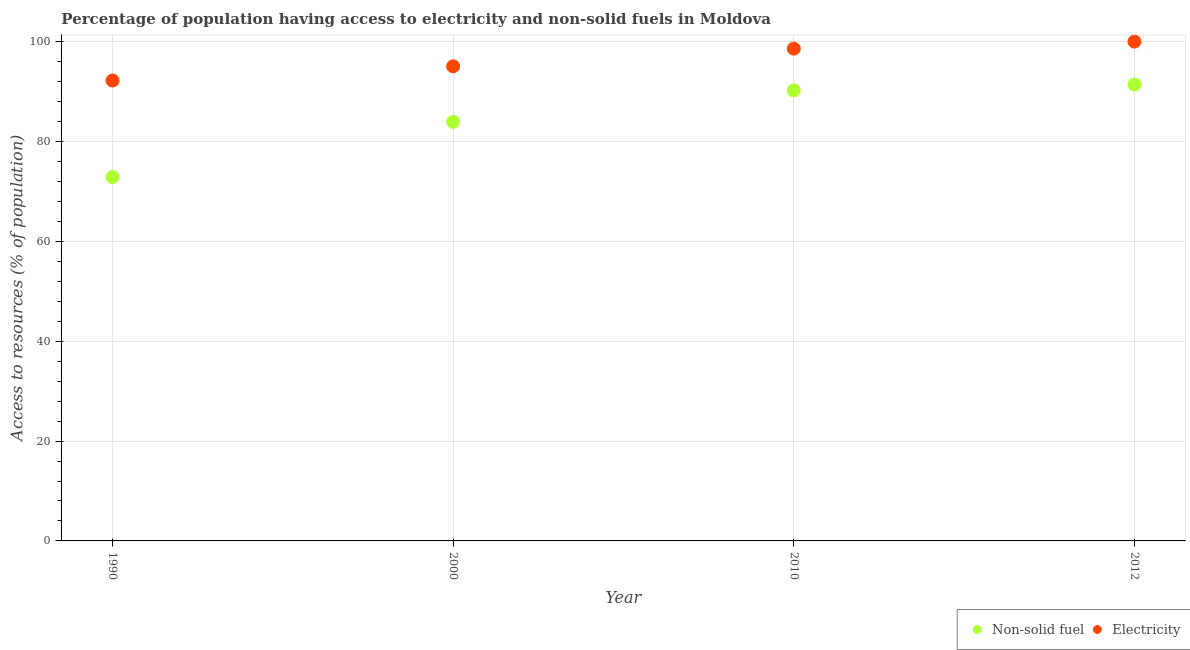
| Year | Non-solid fuel | Electricity |
 | --- | --- | --- |
 | 1990 | 72.9 | 92.2 |
 | 2000 | 83.9 | 95.1 |
 | 2010 | 90.2 | 98.6 |
 | 2012 | 91.4 | 100 |